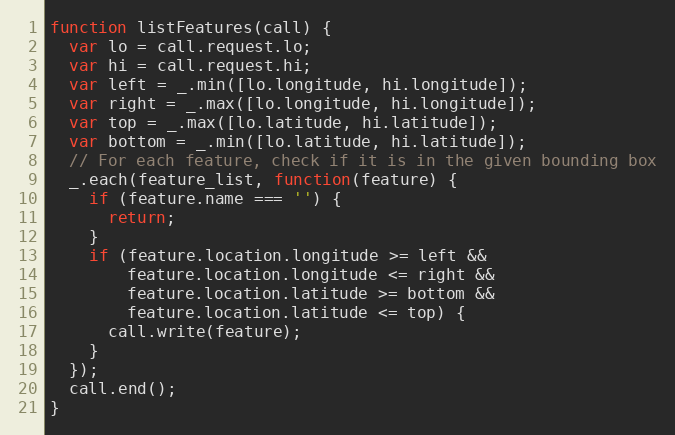
Language: JavaScript
function listFeatures(call) {
  var lo = call.request.lo;
  var hi = call.request.hi;
  var left = _.min([lo.longitude, hi.longitude]);
  var right = _.max([lo.longitude, hi.longitude]);
  var top = _.max([lo.latitude, hi.latitude]);
  var bottom = _.min([lo.latitude, hi.latitude]);
  // For each feature, check if it is in the given bounding box
  _.each(feature_list, function(feature) {
    if (feature.name === '') {
      return;
    }
    if (feature.location.longitude >= left &&
        feature.location.longitude <= right &&
        feature.location.latitude >= bottom &&
        feature.location.latitude <= top) {
      call.write(feature);
    }
  });
  call.end();
}